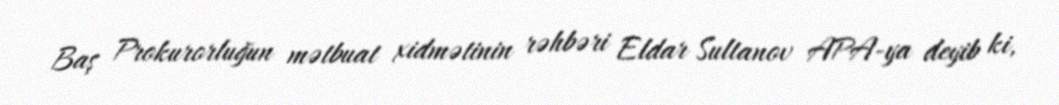
Baş Prokurorluğun mətbuat xidmətinin rəhbəri Eldar Sultanov APA-ya deyib ki,